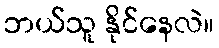
ဘယ်သူ နိုင်နေလဲ။